Scottish Leaving Certificate Examination, 1958
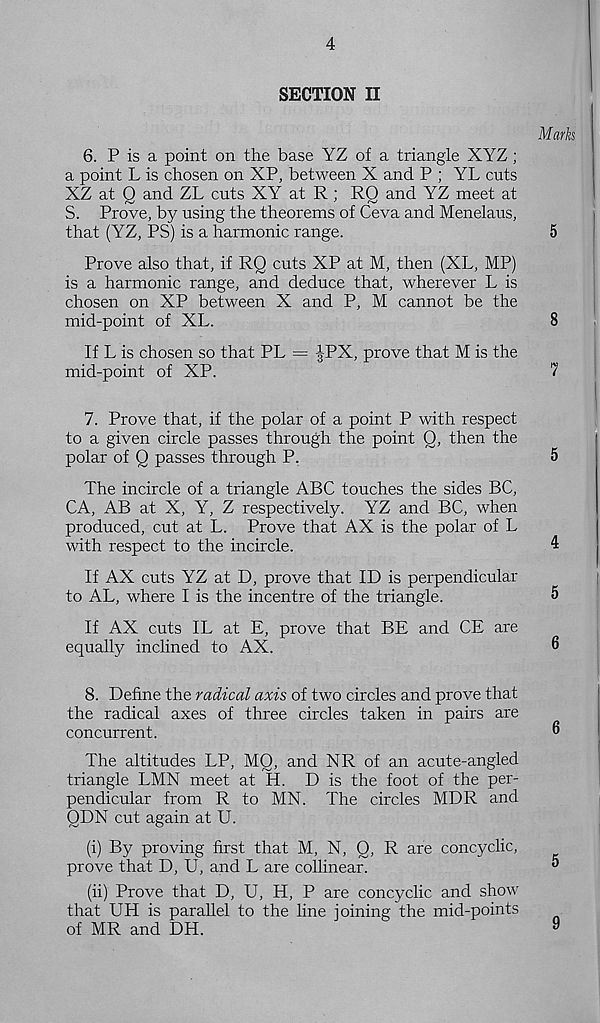
4
SECTION II
Marks
6. P is a point on the base YZ of a triangle XYZ;
a point L is chosen on XP, between X and P ; YL cuts
XZ at Q and ZL cuts XY at R ; RQ and YZ meet at
S. Prove, by using the theorems of Ceva and Menelaus,
that (YZ, PS) is a harmonic range.
5
Prove also that, if RQ cuts XP at M, then (XL, MP)
is a harmonic range, and deduce that, wherever L is
chosen on XP between X and P, M cannot be the
mid-point of XL.
8
If L is chosen so that PL = |-PX, prove that M is the
mid-point of XP.
7
7. Prove that, if the polar of a point P with respect
to a given circle passes through the point Q, then the
polar of Q passes through P.
5
The incircle of a triangle ABC touches the sides BC,
CA, AB at X, Y, Z respectively. YZ and BC, when
produced, cut at L. Prove that AX is the polar of L
with respect to the incircle.
4
If AX cuts YZ at D, prove that ID is perpendicular
to AL, where I is the incentre of the triangle.
5
If AX cuts IL at E, prove that BE and CE are
equally inclined to AX.
6
8. Define the radical axis of two circles and prove that
the radical axes of three circles taken in pairs are
concurrent.
6
The altitudes LP, MO, and NR of an acute-angled
triangle LMN meet at H. D is the foot of the per-
pendicular from R to MN. The circles MDR and
QDN cut again at U.
(i) By proving first that M, N, O, R are concyclic,
prove that D, U, and L are collinear.
^
(ii) Prove that D, U, H, P are concyclic and show
that UH is parallel to the line joining the mid-points
of MR and DH.
9